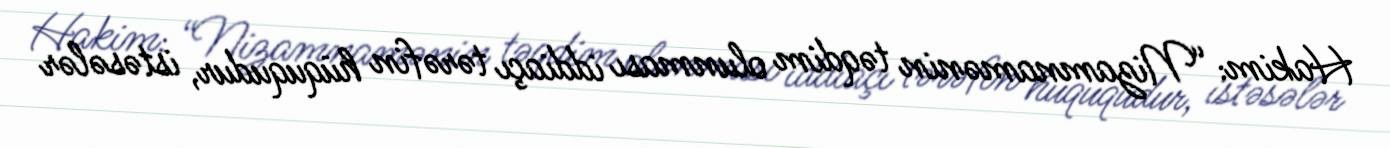
Hakim: “Nizamnamənin təqdim olunması iddiaçı tərəfin hüququdur, istəsələr